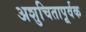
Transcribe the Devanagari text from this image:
अशुचितापूर्वक